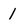
Character: 1